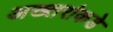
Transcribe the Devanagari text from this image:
अख्तरांकडे